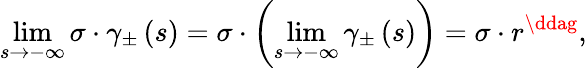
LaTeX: \operatorname*{lim}_{s\rightarrow-\infty}\sigma\cdot\gamma_{\pm}\left(s\right)=\sigma\cdot\left(\operatorname*{lim}_{s\rightarrow-\infty}\gamma_{\pm}\left(s\right)\right)=\sigma\cdot r^{\ddag},